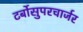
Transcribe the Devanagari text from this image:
टर्बोसुपरचार्जर